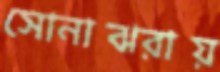
সোনাঝরায়